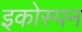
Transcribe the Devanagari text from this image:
इकोस्पन